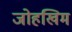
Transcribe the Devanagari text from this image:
जोहखिम